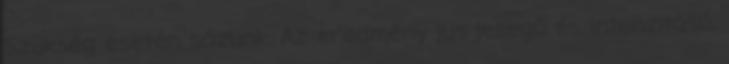
Szükség esetén sózunk. Az eredmény jus jellegű és intenzitású,